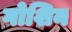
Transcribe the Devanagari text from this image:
गोशिन